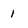
Character: i